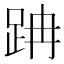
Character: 𨀅